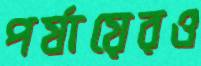
পর্যায়েরও